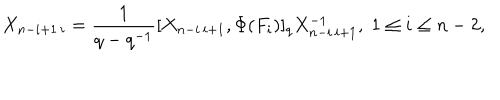
X _ { n - i + 1 \, i } = \frac { 1 } { q - q ^ { - 1 } } [ X _ { n - i \, i + 1 } , \Phi ( F _ { i } ) ] _ { q } X _ { n - i \, i + 1 } ^ { - 1 } , \; 1 \leq i \leq n - 2 ,